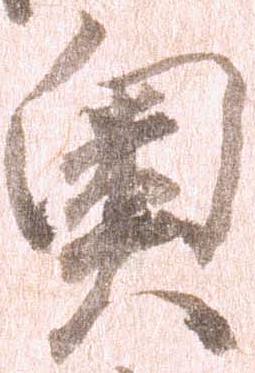
奥